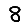
Digit: 8